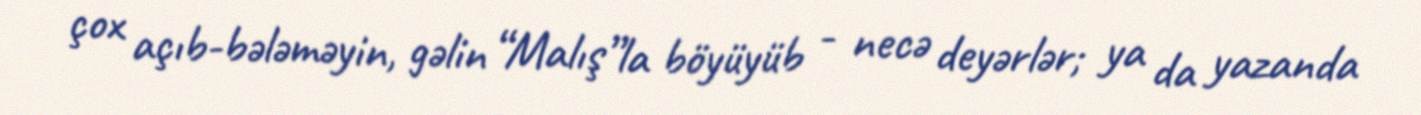
çox açıb-bələməyin, gəlin “Malış”la böyüyüb - necə deyərlər; ya da yazanda